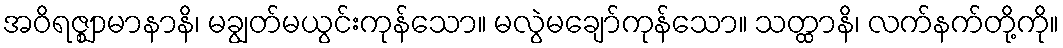
အဝိရဇ္ဈာမာနာနိ၊ မချွတ်မယွင်းကုန်သော။ မလွဲမချော်ကုန်သော။ သတ္ထာနိ၊ လက်နက်တို့ကို။